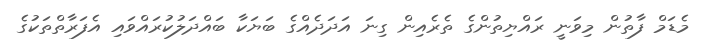
މެޑަމް ފާތުން މިވަނީ ރައްޔިތުންގެ ތެރެއިން ގިނަ އަދަދެއްގެ ބަޔަކާ ބައްދަލުކުރައްވައި އެފަރާތްތަކުގެ